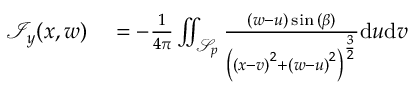
\begin{array} { r l } { \mathcal { I } _ { y } ( x , w ) } & { { } = - \frac { 1 } { 4 \pi } \iint _ { \mathcal { S } _ { p } } \frac { ( w - u ) \sin { ( \beta ) } } { \left( \left( x - v \right) ^ { 2 } + \left( w - u \right) ^ { 2 } \right) ^ { \frac { 3 } { 2 } } } \mathrm { d } u \mathrm { d } v } \end{array}